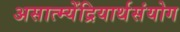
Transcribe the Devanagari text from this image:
असात्म्येंद्रियार्थसंयोग